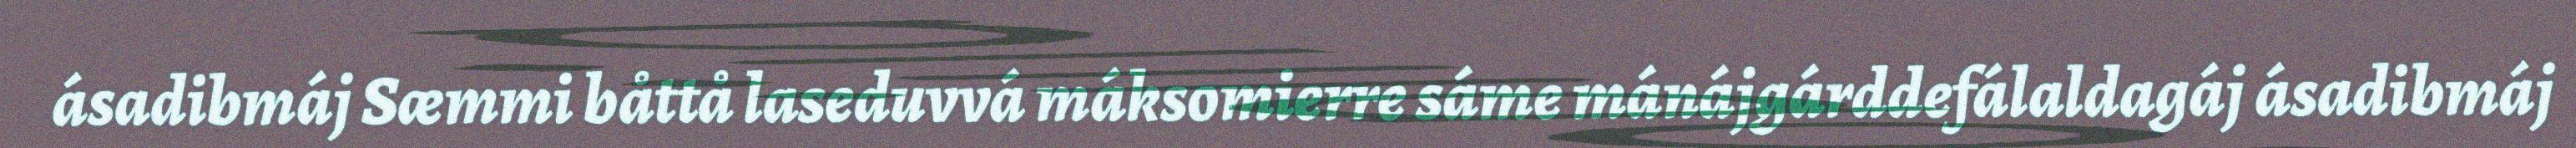
ásadibmáj Sæmmi båttå laseduvvá máksomierre sáme mánájgárddefálaldagáj ásadibmáj